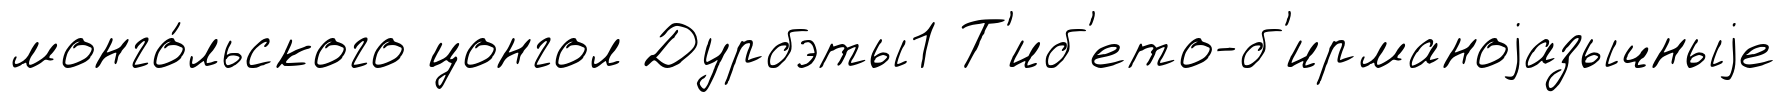
монго́льского цонгол Дурбэты1 Т'иб'ето-б'ирманоjазычныjе